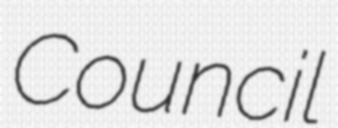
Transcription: Council